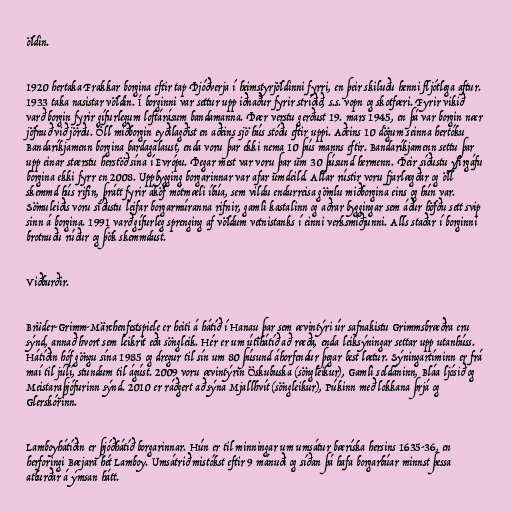
öldin.

1920 hertaka Frakkar borgina eftir tap Þjóðverja í heimstyrjöldinni fyrri, en þeir skiluðu henni fljótlega aftur.
1933 taka nasistar völdin. Í borginni var settur upp iðnaður fyrir stríðið, s.s. vopn og skotfæri. Fyrir vikið
varð borgin fyrir gífurlegum loftárásum bandamanna. Þær verstu gerðust 19. mars 1945, en þá var borgin nær
jöfnuð við jörðu. Öll miðborgin eyðilagðist en aðeins sjö hús stóðu eftir uppi. Aðeins 10 dögum seinna hertóku
Bandaríkjamenn borgina bardagalaust, enda voru þar ekki nema 10 þús manns eftir. Bandaríkjamenn settu þar
upp einar stærstu herstöð sína í Evrópu. Þegar mest var voru þar um 30 þúsund hermenn. Þeir síðustu yfirgáfu
borgina ekki fyrr en 2008. Uppbygging borgarinnar var afar umdeild. Allar rústir voru fjarlægðar og öll
skemmd hús rifin, þrátt fyrir áköf mótmæli íbúa, sem vildu endurreisa gömlu miðborgina eins og hún var.
Sömuleiðis voru síðustu leifar borgarmúranna rifnir, gamli kastalinn og aðrar byggingar sem áður höfðu sett svip
sinn á borgina. 1991 varð gífurleg sprenging af völdum vetnistanks í einni verksmiðjunni. Alls staðar í borginni
brotnuðu rúður og þök skemmdust.

Viðburðir.

Brüder-Grimm-Märchenfestspiele er heiti á hátíð í Hanau þar sem ævintýri úr safnakistu Grimmsbræðra eru
sýnd, annað hvort sem leikrit eða söngleik. Hér er um útihátíð að ræða, enda leiksýningar settar upp utanhúss.
Hátíðin hóf göngu sína 1985 og dregur til sín um 80 þúsund áhorfendur þegar best lætur. Sýningartíminn er frá
maí til júlí, stundum til ágúst. 2009 voru ævintýrin Öskubuska (söngleikur), Gamli soldáninn, Bláa ljósið og
Meistaraþjófurinn sýnd. 2010 er ráðgert að sýna Mjallhvít (söngleikur), Púkinn með lokkana þrjá og
Glerskórinn.

Lamboyhátíðin er þjóðhátíð borgarinnar. Hún er til minningar um umsátur bæríska hersins 1635-36, en
herforingi Bæjara hét Lamboy. Umsátrið mistókst eftir 9 mánuði og síðan þá hafa borgarbúar minnst þessa
atburðar á ýmsan hátt.